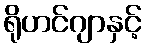
ရိုဟင်ဂျာနှင့်